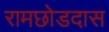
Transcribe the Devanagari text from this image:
रामछोडदास